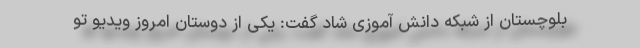
بلوچستان از شبکه دانش آموزی شاد گفت: یکی از دوستان امروز ویدیو تو